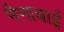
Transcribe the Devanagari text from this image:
नैनाबाई